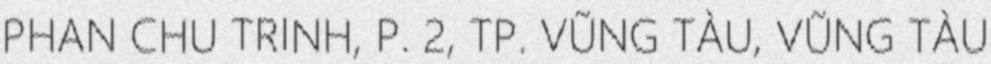
PHAN CHU TRINH, P. 2, TP. VŨNG TÀU, VŨNG TÀU